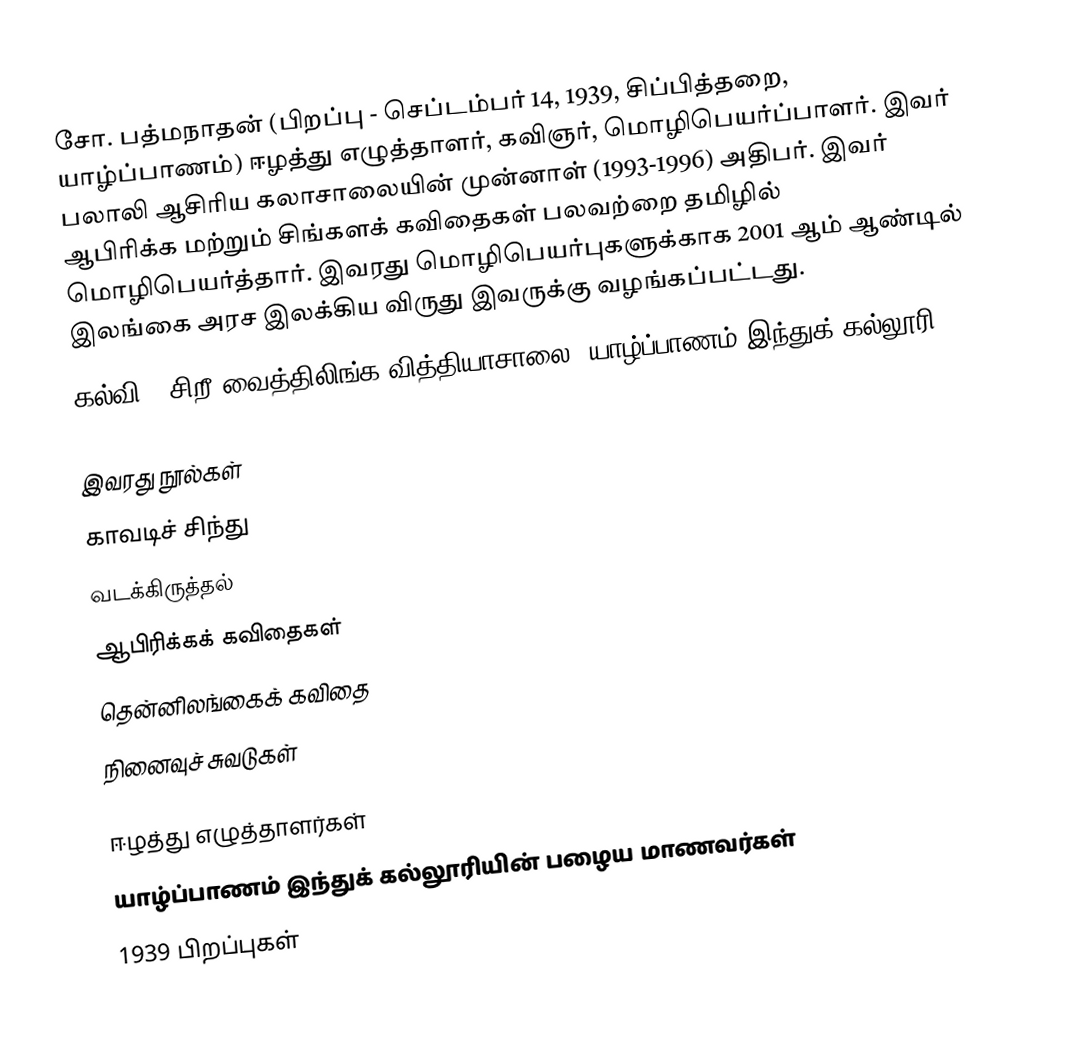
சோ. பத்மநாதன் (பிறப்பு - செப்டம்பர் 14, 1939, சிப்பித்தறை, யாழ்ப்பாணம்) ஈழத்து எழுத்தாளர், கவிஞர், மொழிபெயர்ப்பாளர். இவர் பலாலி ஆசிரிய கலாசாலையின் முன்னாள் (1993-1996) அதிபர். இவர் ஆபிரிக்க மற்றும் சிங்களக் கவிதைகள் பலவற்றை தமிழில் மொழிபெயர்த்தார். இவரது மொழிபெயர்புகளுக்காக 2001 ஆம் ஆண்டில் இலங்கை அரச இலக்கிய விருது இவருக்கு வழங்கப்பட்டது.
 கல்வி - சிறீ வைத்திலிங்க வித்தியாசாலை, யாழ்ப்பாணம் இந்துக் கல்லூரி.

இவரது நூல்கள்
 காவடிச் சிந்து
 வடக்கிருத்தல்
 ஆபிரிக்கக் கவிதைகள்
 தென்னிலங்கைக் கவிதை
 நினைவுச் சுவடுகள்

ஈழத்து எழுத்தாளர்கள்
யாழ்ப்பாணம் இந்துக் கல்லூரியின் பழைய மாணவர்கள்
1939 பிறப்புகள்